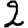
Digit: 2